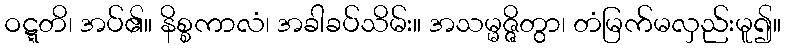
ဝဋ္ဋတိ၊ အပ်၏။ နိစ္စကာလံ၊ အခါခပ်သိမ်း။ အသမ္မဇ္ဇိတွာ၊ တံမြက်မလှည်းမူ၍။